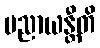
ပညာယန္တီတိ